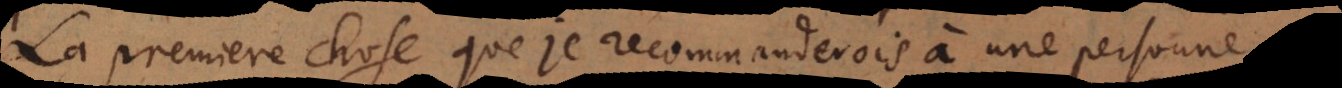
La premiere chose que je recommanderois à une personne